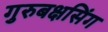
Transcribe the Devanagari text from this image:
गुरुबक्षसिंग